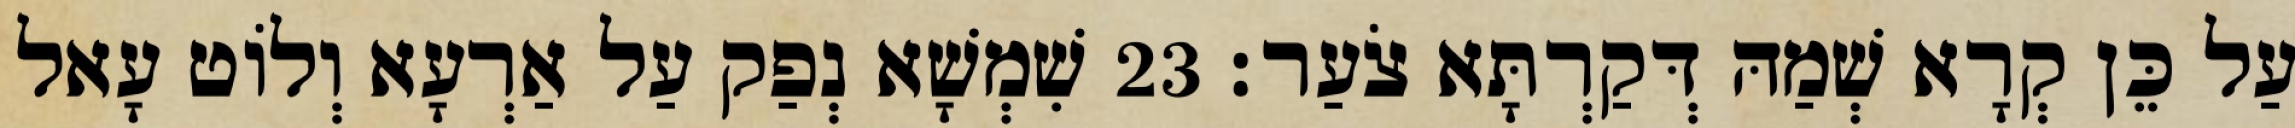
עַל כֵּן קְרָא שְׁמַהּ דְּקַרְתָּא צֹעַר׃ 23 שִׁמְשָׁא נְפַק עַל אַרְעָא וְלוֹט עָאל